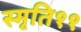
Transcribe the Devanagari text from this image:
स्मृति११